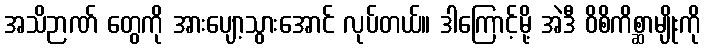
အသိဉာဏ် တွေကို အားပျော့သွားအောင် လုပ်တယ်။ ဒါကြောင့်မို့ အဲဒီ ဝိစိကိစ္ဆာမျိုးကို